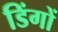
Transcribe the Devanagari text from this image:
डिंगों